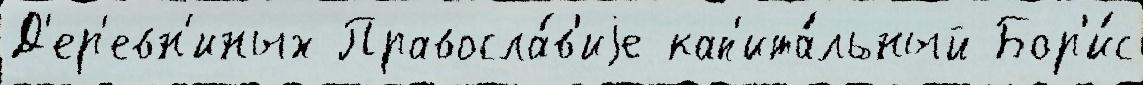
Д'ер'евн'иных Правосла́в'иjе кап'ита́льный Бор'и́с